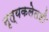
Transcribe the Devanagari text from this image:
नृत्यकलेतही